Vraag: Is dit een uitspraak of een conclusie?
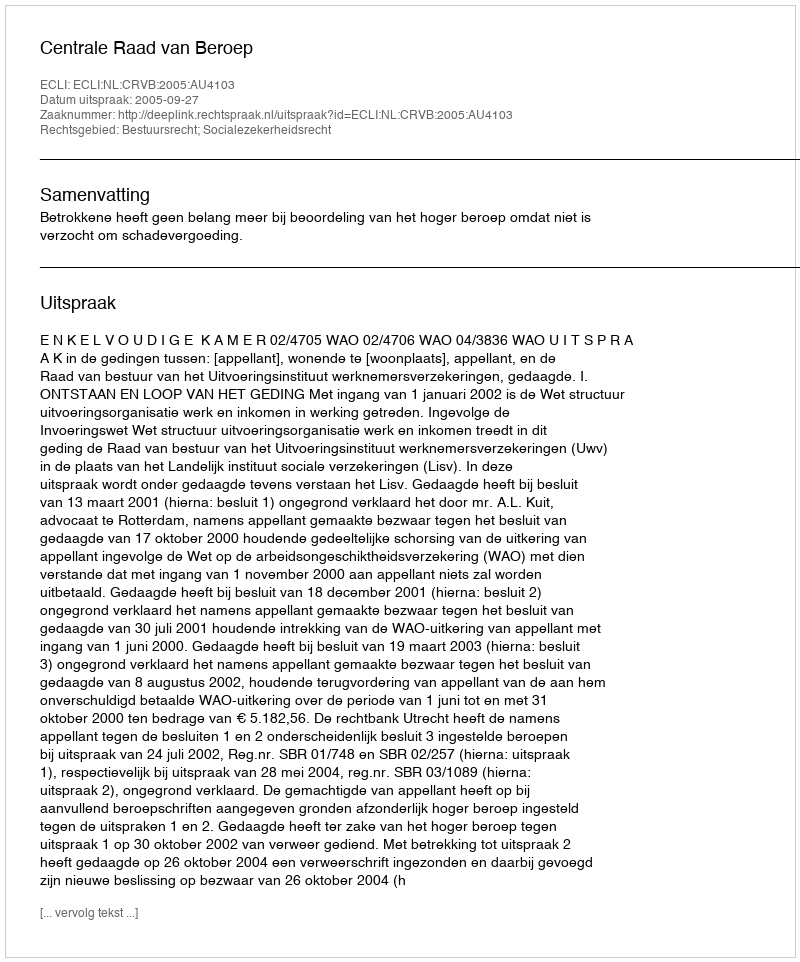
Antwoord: Uitspraak